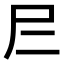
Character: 𡰥